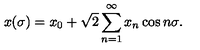
x ( \sigma ) = x _ { 0 } + \sqrt { 2 } \sum _ { n = 1 } ^ { \infty } x _ { n } \cos n \sigma .